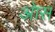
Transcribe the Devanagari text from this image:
आेस